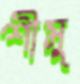
শীমু